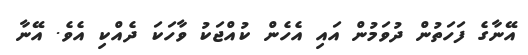
އޭނާގެ ފަހަތުން ދުވަމުން އައި އެހެން ކުއްޖަކު ވާހަކަ ދެއްކި އެވެ. އޭނާ